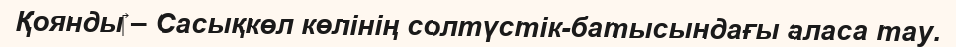
Қоянды‎ – Сасықкөл көлінің солтүстік-батысындағы аласа тау.